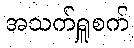
အသက်ရှူစက်